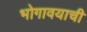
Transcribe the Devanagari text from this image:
भोगावयाची